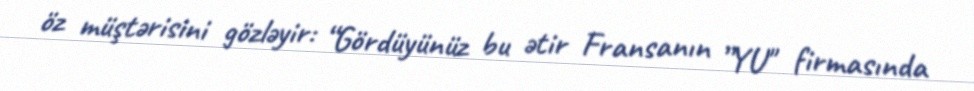
öz müştərisini gözləyir: “Gördüyünüz bu ətir Fransanın ”YU" firmasında